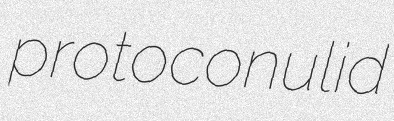
protoconulid